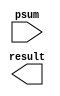
module red
(
    input [15:0] psum,
    output [15:0] result
);

/*
cla_4 cla0(.a(), .b(), .cin(), .sum(), .cout(), .gen(), .prop());
cla_4 cla1(.a(), .b(), .cin(), .sum(), .cout(), .gen(), .prop());
cla_4 cla2(.a(), .b(), .cin(), .sum(), .cout(), .gen(), .prop());
*/

endmodule